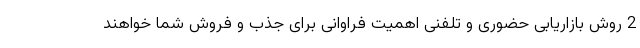
2 روش بازاریابی حضوری و تلفنی اهمیت فراوانی برای جذب و فروش شما خواهند